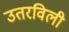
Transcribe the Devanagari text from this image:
उतरविली